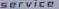
SERVICE